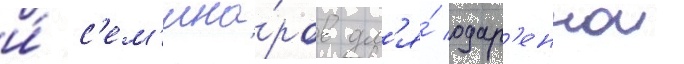
и́ с'ем'ина́ров дл'я́ одар'еннои